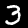
Digit: 3